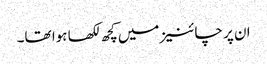
ان پر چائنیز میں‌کچھ لکھا ہوا تھا۔